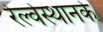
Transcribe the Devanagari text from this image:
रेल्वेस्थानके